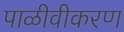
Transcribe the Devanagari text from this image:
पाळीवीकरण